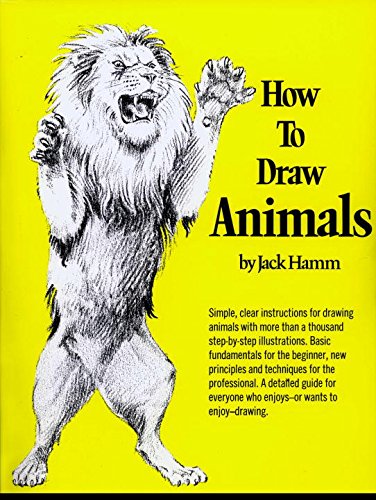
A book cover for How to Draw Animals (Perigee); Jack Hamm; Arts & Photography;